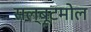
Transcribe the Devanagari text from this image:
सल्बूटमोल